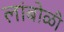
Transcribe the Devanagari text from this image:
लांबोळी